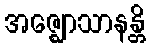
အဇ္ဈောသာနန္တိ